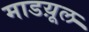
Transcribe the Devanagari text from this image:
माडय़ूल